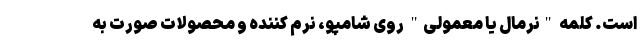
است. کلمه "نرمال یا معمولی" روی شامپو، نرم کننده و محصولات صورت به